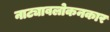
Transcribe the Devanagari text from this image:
नाट्यावलोकनकार